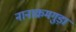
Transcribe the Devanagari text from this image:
नानाक्रमगुड़ा